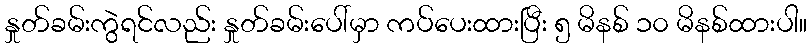
နှုတ်ခမ်းကွဲရင်လည်း နှုတ်ခမ်းပေါ်မှာ ကပ်ပေးထားပြီး ၅ မိနစ် ၁၀ မိနစ်ထားပါ။